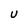
Character: U